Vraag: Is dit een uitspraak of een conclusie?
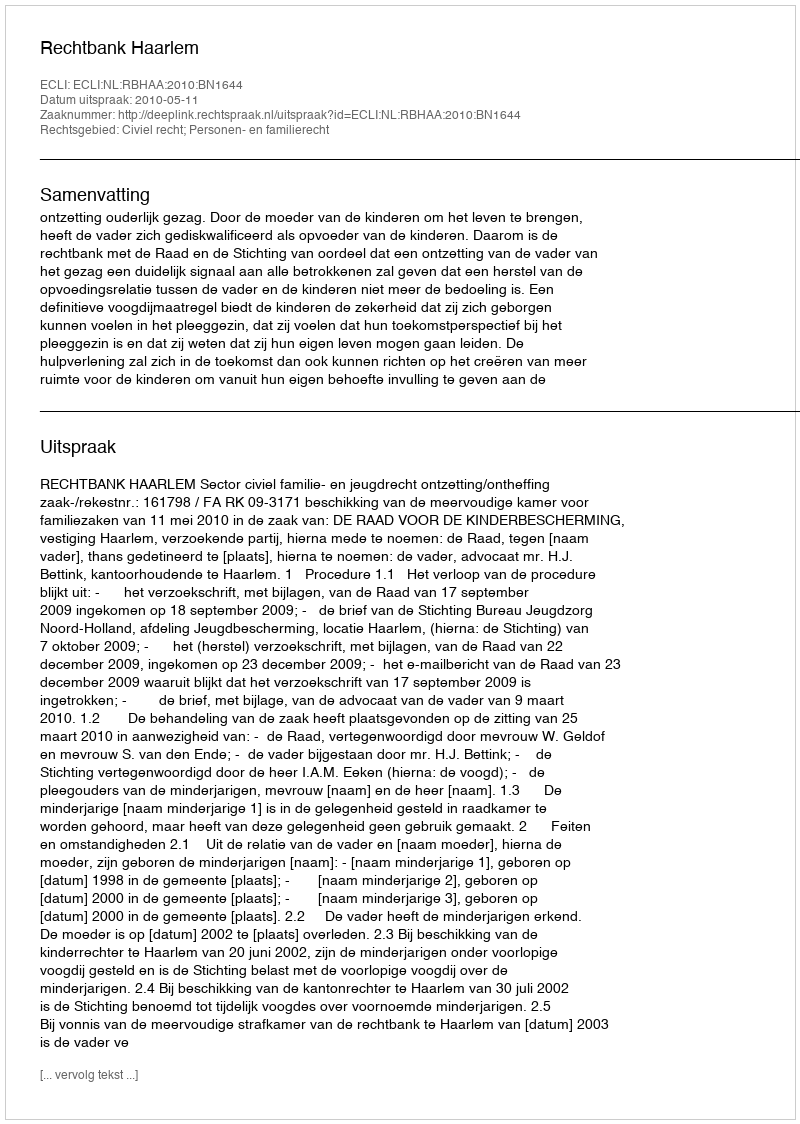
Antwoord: Uitspraak